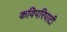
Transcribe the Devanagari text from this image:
कविपरिपाटी